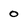
Character: o